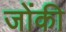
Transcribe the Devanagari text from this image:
जोंकी